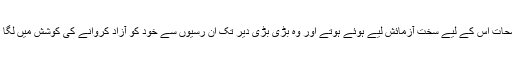
یہ لمحات اس کے لیے سخت آزمائش لیے ہوئے ہوتے اور وہ بڑی بڑی دیر تک ان رسیوں سے خود کو آزاد کروانے کی کوشش میں لگا رہتا۔